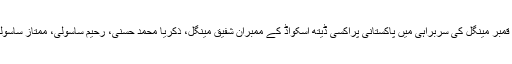
پچھلے دنوں اختر مینگل کے دستِ راست سابقہ گوریلا شہید لونگ خان کے بیٹے قمبر مینگل کی سربراہی میں پاکستانی پراکسی ڈیتھ اسکواڈ کے ممبران شفیق مینگل، ذکریا محمد حسنی، رحیم ساسولی، ممتاز ساسولی خارانی کے کارندوں کو دشت گوران اور شور پارود کے آس پاس جمع کیا گیا۔